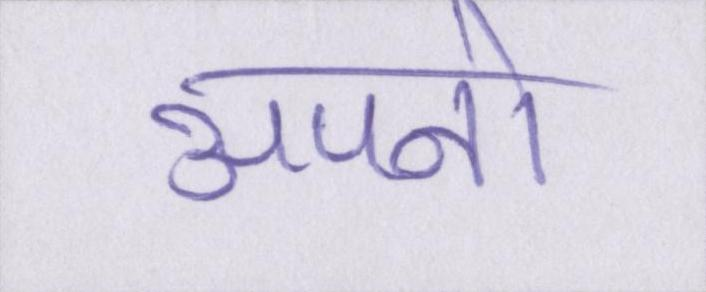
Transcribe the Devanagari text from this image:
अपनो